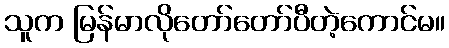
သူက မြန်မာလိုတော်တော်ပီတဲ့ကောင်မ။